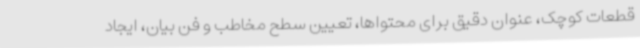
قطعات کوچک، عنوان دقیق برای محتواها، تعیین سطح مخاطب و فن بیان، ایجاد